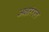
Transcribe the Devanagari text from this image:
अक्षारंगल